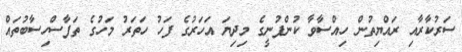
ސަރުކާރާއި ރައްޔިތުން ހިއްސާވާ ކުންފުނީގެ މިދިޔަ އަހަރުގެ ފަހު ހަތަރު މަހުގެ ތަފާސްހިސާބުތައް